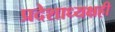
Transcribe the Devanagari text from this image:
प्रदेशाध्यक्षही